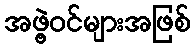
အဖွဲ့ဝင်များအဖြစ်